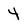
Character: 4